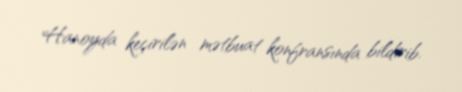
Hanoyda keçirilən mətbuat konfransında bildirib.